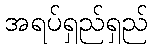
အရပ်ရှည်ရှည်